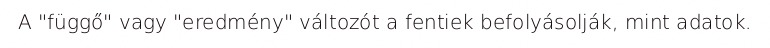
A "függő" vagy "eredmény" változót a fentiek befolyásolják, mint adatok.